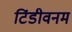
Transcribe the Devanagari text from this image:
टिंडीवनम